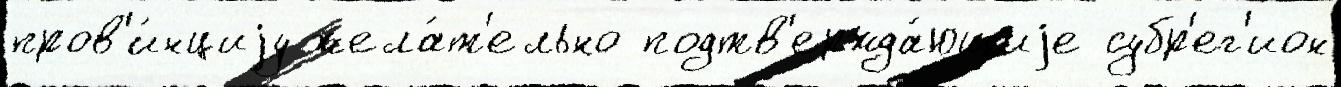
пров'и́нциjу жела́т'ельно подтв'ержда́ющиjе субр'ег'ион